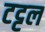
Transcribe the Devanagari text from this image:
टट्टल